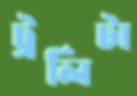
ট্রলিটা